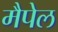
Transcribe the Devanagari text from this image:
मैपेल